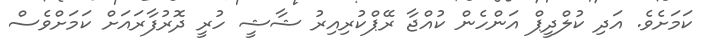
ކަމަށެވެ. އަދި ކުލްދީޕް އަންހެން ކުއްޖާ ރޭޕްކުރިއިރު ޝާޝީ ހުރީ ދޮރުފާރައަށް ކަމަށްވެސް